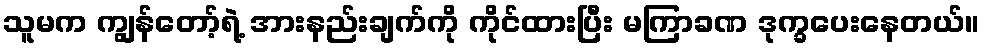
သူမက ကျွန်တော့်ရဲ့ အားနည်းချက်ကို ကိုင်ထားပြီး မကြာခဏ ဒုက္ခပေးနေတယ်။